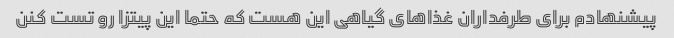
پیشنهادم برای طرفداران غذاهای گیاهی این هست که حتما این پیتزا رو تست کنن